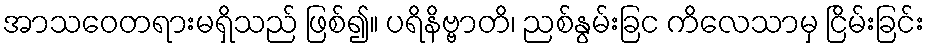
အာသဝေတရားမရှိသည် ဖြစ်၍။ ပရိနိဗ္ဗာတိ၊ ညစ်နွမ်းခြင ကိလေသာမှ ငြိမ်းခြင်း